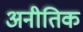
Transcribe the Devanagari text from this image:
अनीतिक